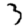
Digit: 3